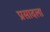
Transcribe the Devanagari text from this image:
प्रसादला